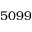
5 0 9 9